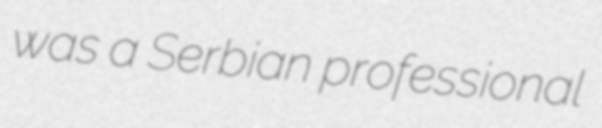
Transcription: was a Serbian professional